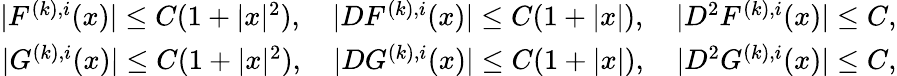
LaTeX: \begin{array}{r}{|F^{(k),i}(x)|\leq C(1+|x|^{2}),\quad|DF^{(k),i}(x)|\leq C(1+|x|),\quad|D^{2}F^{(k),i}(x)|\leq C,}\\ {|G^{(k),i}(x)|\leq C(1+|x|^{2}),\quad|DG^{(k),i}(x)|\leq C(1+|x|),\quad|D^{2}G^{(k),i}(x)|\leq C,}\end{array}